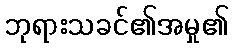
ဘုရားသခင်၏အမှု၏